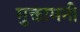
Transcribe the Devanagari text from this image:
मुक्तामनी